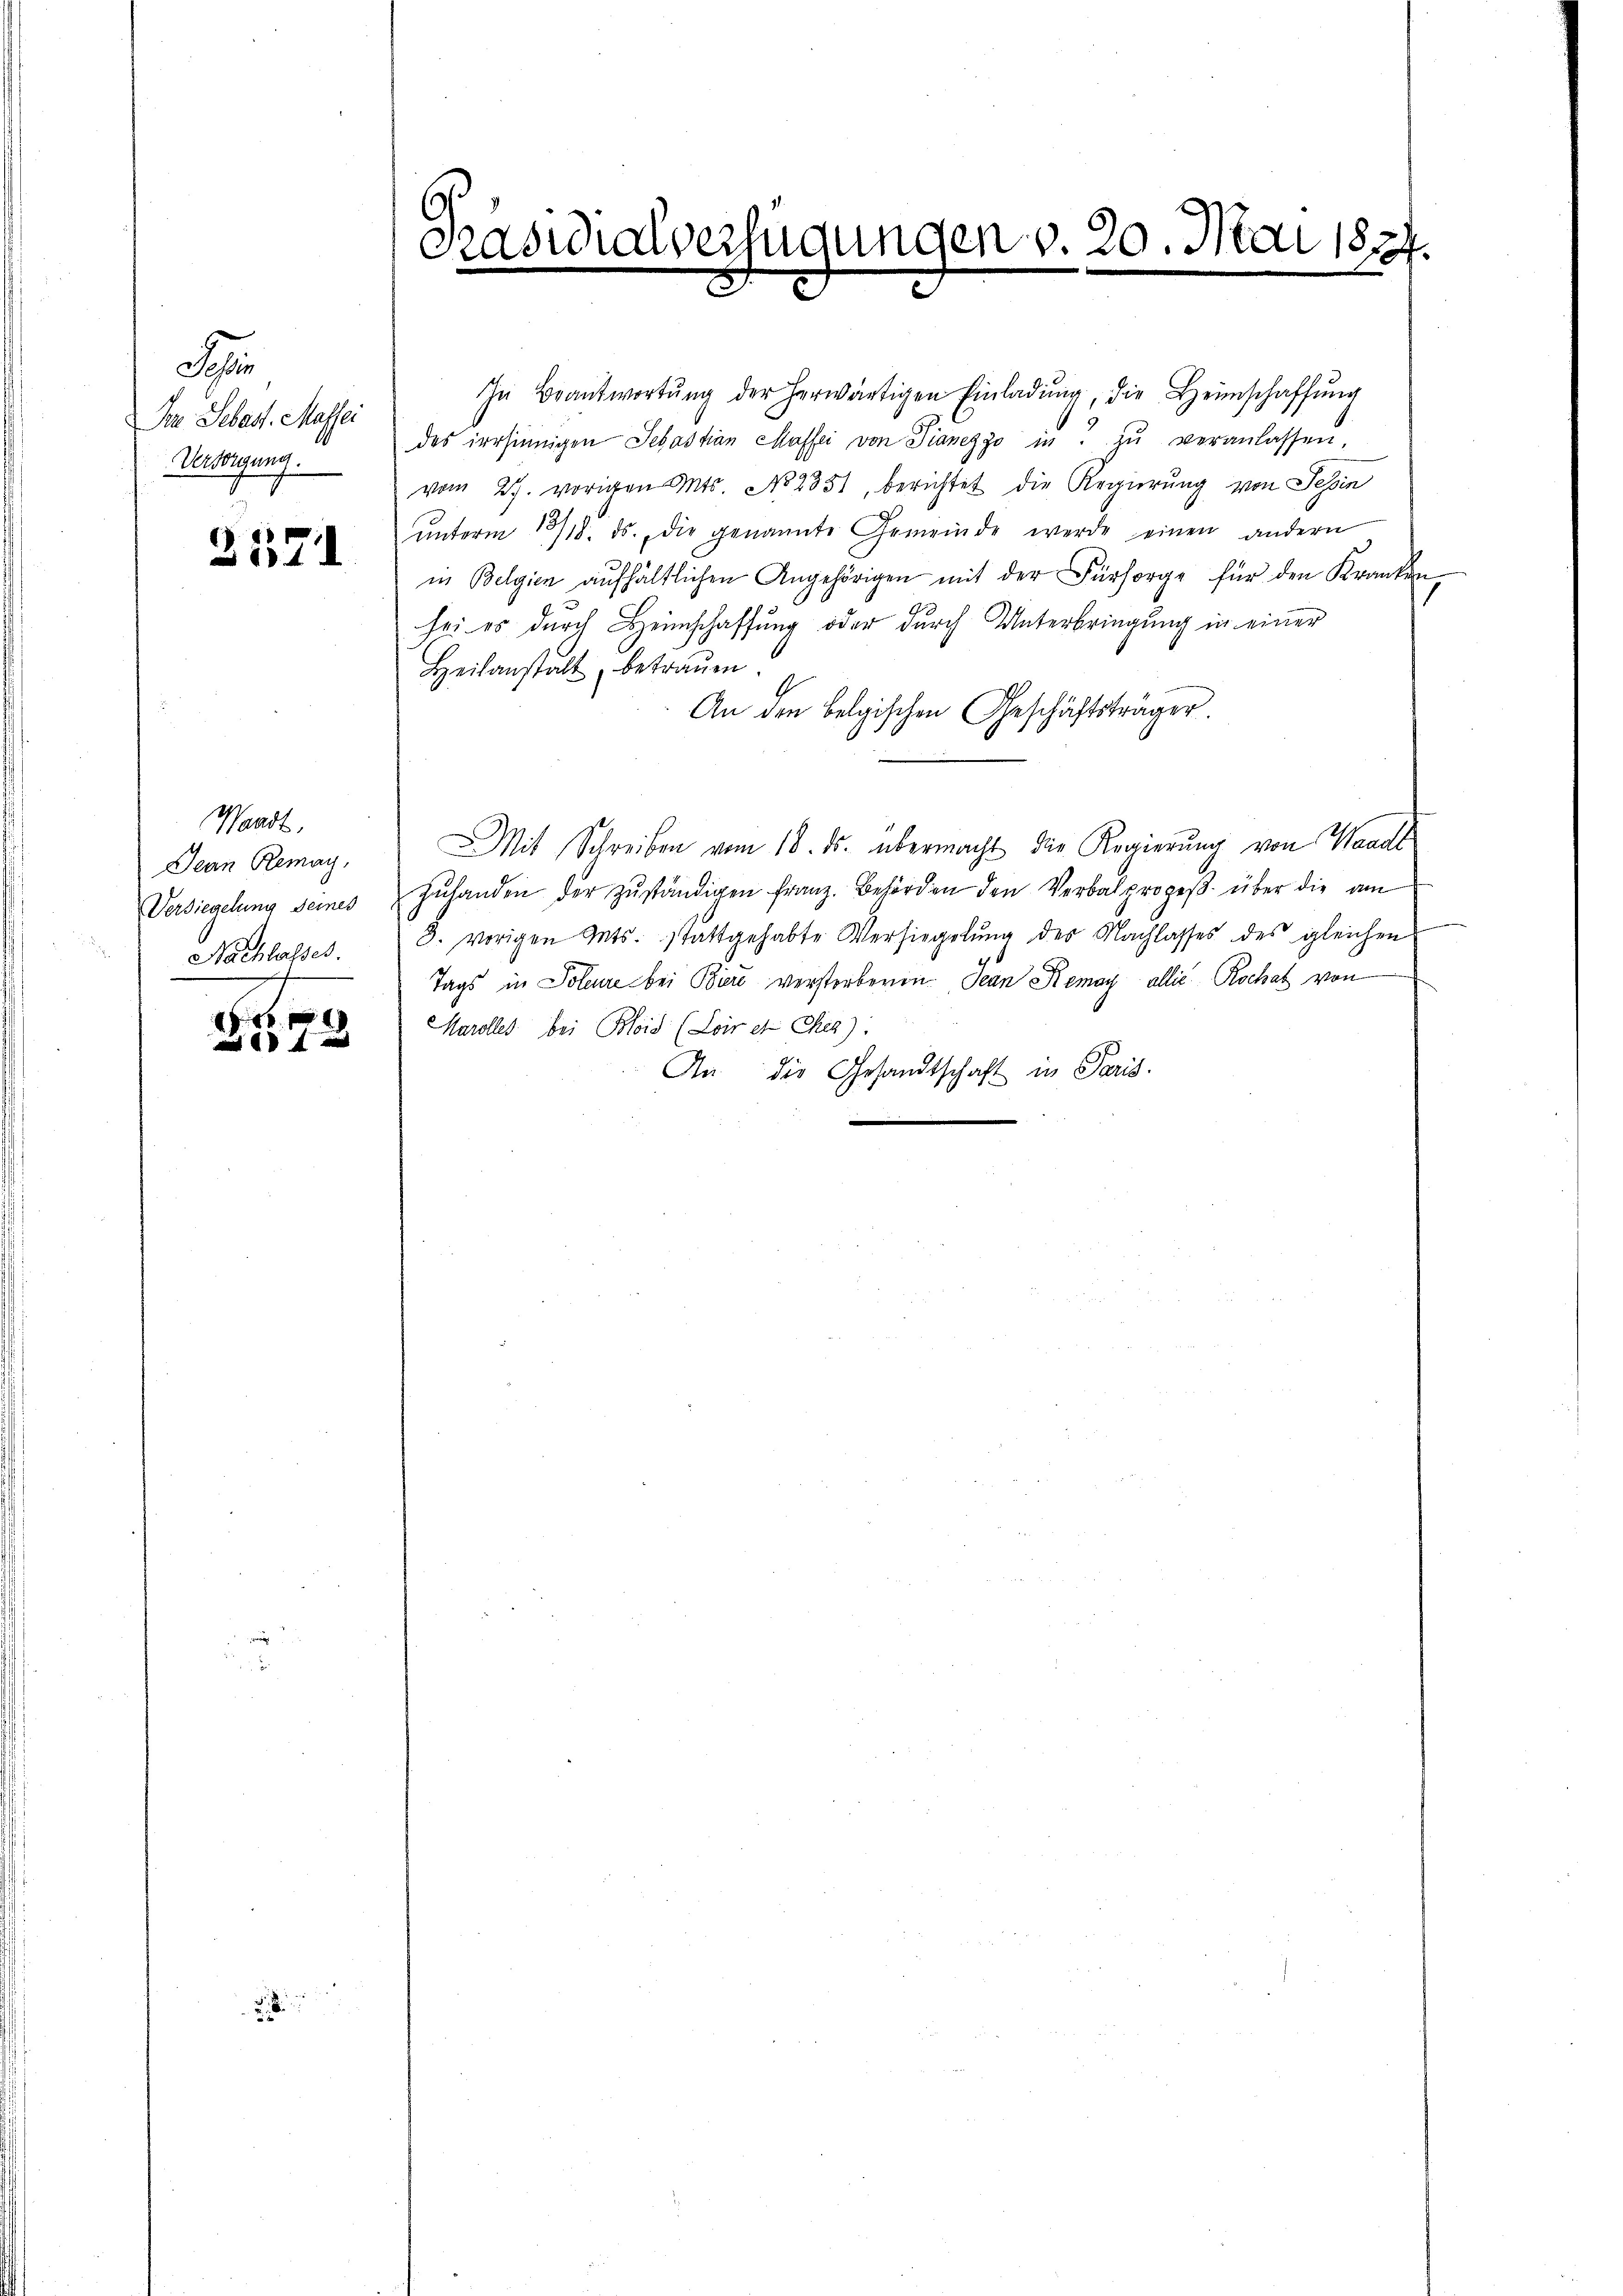
S
Ien Sebast. Masser
Versorgung.

2571

Waadt,
Jean Remay,
Versiegelung seines
Nachlasses.

B
   und

Präsidialverfügungen v. 20. Mai 1824.

In Beantwortŭng der herwärtigen Einladŭng, die Heimschaffŭng
des irrsinnigen Sebastian Maffei von Pianezzo in zŭ veranlassen,
vom 27. vorigen Mts. No. 2351, berichtet die Regierung von Tessin
ŭnterm 13/18. ds. die genannte Gemeinde werde einen andern
in Belgien aufhältlichen Angehörigen mit der Fürsorge für den Kranken
sei es durch Heimschaffung oder durch Unterbringung in einer
Beilanstalt, betraŭen.
An den belgischen Geschäftsträger.
Mit Schreiben vom 18. ds. übermacht die Regierung von Wandl
zuhanden der zŭständigen Franz. Behörden den Verbalprozeß über die am
8. vorigen Ants. stattgehabte Versiegelŭng des Nachlasses des gleichen
Tags in Polene bei Biere verstorbenen. Jean Remay allis Rochatz von
Karolles bei Bloid (Loir et Ches).
An die Gesandtschaft in Paris.